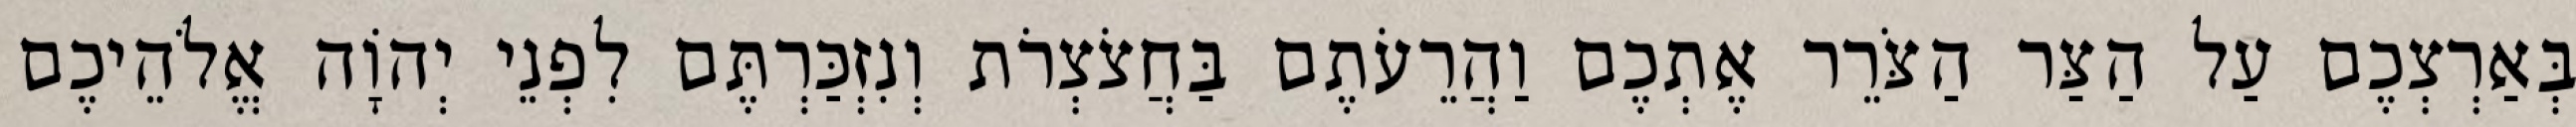
בְּאַרְצְכֶם עַל הַצַּר הַצֹּרֵר אֶתְכֶם וַהֲרֵעֹתֶם בַּחֲצֹצְרֹת וְנִזְכַּרְתֶּם לִפְנֵי יְהוָֹה אֱלֹהֵיכֶם